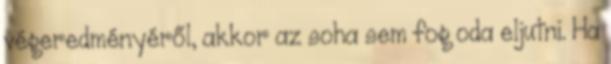
végeredményéről, akkor az soha sem fog oda eljutni. Ha